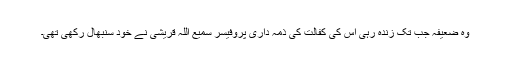
وہ ضعیفہ جب تک زندہ رہی اس کی کفالت کی ذمہ داری پروفیسر سمیع اللہ قریشی نے خود سنبھال رکھی تھی۔